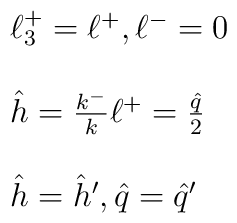
\begin{array}{l}\ell^{+}_{3} = \ell^{+} , \ell^{-} = 0 \\  \\\hat{h} = \frac{k^{-}}{k}\ell^{+} = \frac{\hat{q}}{2} \\   \\\hat{h} = \hat{h}^{\prime} , \hat{q} = \hat{q}^{\prime}\end{array}